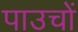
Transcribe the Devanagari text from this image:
पाउचों